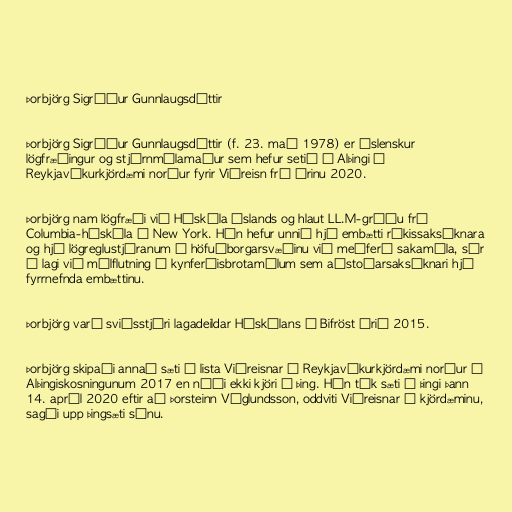
Þorbjörg Sigríður Gunnlaugsdóttir

Þorbjörg Sigríður Gunnlaugsdóttir (f. 23. maí 1978) er íslenskur
lögfræðingur og stjórnmálamaður sem hefur setið á Alþingi í
Reykjavíkurkjördæmi norður fyrir Viðreisn frá árinu 2020.

Þorbjörg nam lögfræði við Háskóla Íslands og hlaut LL.M-gráðu frá
Columbia-háskóla í New York. Hún hefur unnið hjá embætti ríkissaksóknara
og hjá lögreglustjóranum á höfuðborgarsvæðinu við meðferð sakamála, sér
í lagi við málflutning í kynferðisbrotamálum sem aðstoðarsaksóknari hjá
fyrrnefnda embættinu.

Þorbjörg varð sviðsstjóri lagadeildar Háskólans á Bifröst árið 2015.

Þorbjörg skipaði annað sæti á lista Viðreisnar í Reykjavíkurkjördæmi norður í
Alþingiskosningunum 2017 en náði ekki kjöri á þing. Hún tók sæti á þingi þann
14. apríl 2020 eftir að Þorsteinn Víglundsson, oddviti Viðreisnar í kjördæminu,
sagði upp þingsæti sínu.